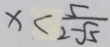
x < \frac { 5 } { 2 - \sqrt { 5 } }